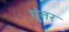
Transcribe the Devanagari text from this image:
गुंतर